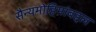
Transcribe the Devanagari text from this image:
सैन्यमोहिमांबद्दल